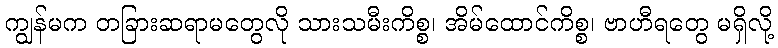
ကျွန်မက တခြားဆရာမတွေလို သားသမီးကိစ္စ၊ အိမ်ထောင်ကိစ္စ၊ ဗာဟီရတွေ မရှိလို့